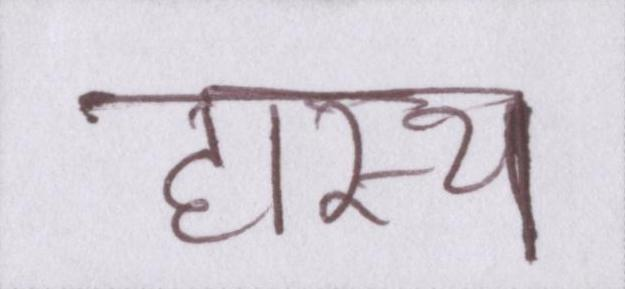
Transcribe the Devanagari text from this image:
हास्य